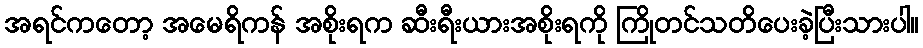
အရင်ကတော့ အမေရိကန် အစိုးရက ဆီးရီးယားအစိုးရကို ကြိုတင်သတိပေးခဲ့ပြီးသားပါ။